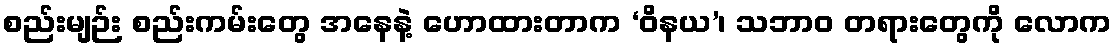
စည်းမျဉ်း စည်းကမ်းတွေ အနေနဲ့ ဟောထားတာက ‘ဝိနယ’၊ သဘာဝ တရားတွေကို လောက